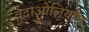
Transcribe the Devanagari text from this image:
वुदाओलियांग